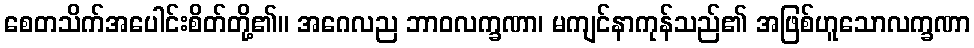
စေတသိက်အပေါင်းစိတ်တို့၏။ အဂေလည ဘာဝလက္ခဏာ၊ မကျင်နာကုန်သည်၏ အဖြစ်ဟူသောလက္ခဏာ